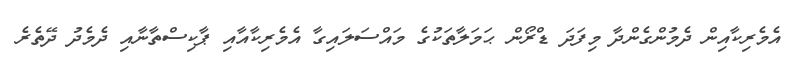
އެމެރިކާއިން ދެމުންގެންދާ މިފަދަ ޑްރޯން ޙަމަލާތަކުގެ މައްސަލައިގާ އެމެރިކާއާއި ޕާކިސްތާނާއި ދެމެދު ދޭތެރެ